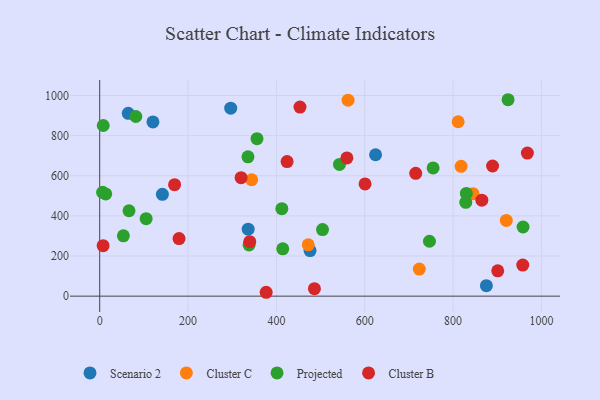
{"axis": {"x": "Distance", "y": "Salary"}, "legend": ["Cluster B", "Cluster C", "Projected", "Scenario 2"], "data": [{"x": "624.5", "y": 704.7, "type": "Scenario 2"}, {"x": "476.2", "y": 227.2, "type": "Scenario 2"}, {"x": "120.5", "y": 868.4, "type": "Scenario 2"}, {"x": "336.1", "y": 334.0, "type": "Scenario 2"}, {"x": "64.6", "y": 911.2, "type": "Scenario 2"}, {"x": "296.6", "y": 936.8, "type": "Scenario 2"}, {"x": "141.9", "y": 507.5, "type": "Scenario 2"}, {"x": "875.4", "y": 52.2, "type": "Scenario 2"}, {"x": "920.5", "y": 377.3, "type": "Cluster C"}, {"x": "811.5", "y": 869.1, "type": "Cluster C"}, {"x": "344.1", "y": 580.1, "type": "Cluster C"}, {"x": "723.5", "y": 134.8, "type": "Cluster C"}, {"x": "845.1", "y": 510.9, "type": "Cluster C"}, {"x": "472.1", "y": 255.6, "type": "Cluster C"}, {"x": "562.3", "y": 976.6, "type": "Cluster C"}, {"x": "818.2", "y": 647.2, "type": "Cluster C"}, {"x": "746.5", "y": 273.6, "type": "Projected"}, {"x": "66.3", "y": 425.7, "type": "Projected"}, {"x": "356.1", "y": 784.7, "type": "Projected"}, {"x": "924.5", "y": 979.0, "type": "Projected"}, {"x": "828.7", "y": 467.4, "type": "Projected"}, {"x": "105.1", "y": 386.0, "type": "Projected"}, {"x": "542.8", "y": 656.5, "type": "Projected"}, {"x": "335.6", "y": 694.4, "type": "Projected"}, {"x": "830.0", "y": 511.9, "type": "Projected"}, {"x": "414.4", "y": 236.1, "type": "Projected"}, {"x": "754.8", "y": 638.9, "type": "Projected"}, {"x": "958.4", "y": 344.7, "type": "Projected"}, {"x": "504.4", "y": 331.6, "type": "Projected"}, {"x": "81.8", "y": 895.5, "type": "Projected"}, {"x": "412.3", "y": 435.8, "type": "Projected"}, {"x": "338.1", "y": 255.2, "type": "Projected"}, {"x": "53.6", "y": 300.7, "type": "Projected"}, {"x": "13.6", "y": 509.4, "type": "Projected"}, {"x": "6.6", "y": 517.5, "type": "Projected"}, {"x": "8.0", "y": 850.5, "type": "Projected"}, {"x": "889.4", "y": 648.6, "type": "Cluster B"}, {"x": "376.8", "y": 19.3, "type": "Cluster B"}, {"x": "424.2", "y": 670.8, "type": "Cluster B"}, {"x": "486.1", "y": 37.0, "type": "Cluster B"}, {"x": "600.7", "y": 559.5, "type": "Cluster B"}, {"x": "179.6", "y": 286.8, "type": "Cluster B"}, {"x": "957.7", "y": 154.8, "type": "Cluster B"}, {"x": "453.4", "y": 942.6, "type": "Cluster B"}, {"x": "968.2", "y": 713.1, "type": "Cluster B"}, {"x": "320.1", "y": 590.6, "type": "Cluster B"}, {"x": "7.7", "y": 251.4, "type": "Cluster B"}, {"x": "901.1", "y": 126.0, "type": "Cluster B"}, {"x": "715.4", "y": 612.3, "type": "Cluster B"}, {"x": "865.1", "y": 478.2, "type": "Cluster B"}, {"x": "169.5", "y": 555.5, "type": "Cluster B"}, {"x": "339.7", "y": 271.4, "type": "Cluster B"}, {"x": "559.6", "y": 688.7, "type": "Cluster B"}]}